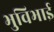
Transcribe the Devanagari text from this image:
भुविभाई